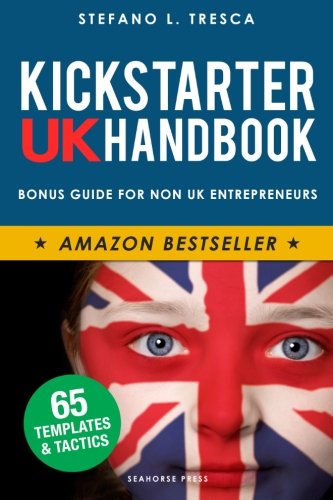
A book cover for Kickstarter UK Handbook; Stefano L. Tresca; Business & Money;